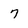
Character: 7